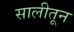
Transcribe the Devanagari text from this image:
सालीतून